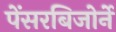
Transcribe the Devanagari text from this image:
पेंसरबिजोर्ने